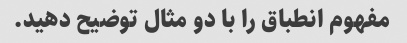
مفهوم انطباق را با دو مثال توضیح دهید.